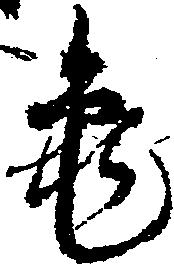
亀